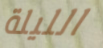
الليلة